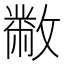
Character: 𣀅